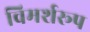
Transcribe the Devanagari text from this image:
विमर्शरूप